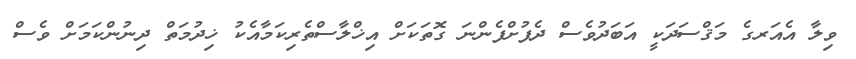
ވިލާ އެއަރގެ މަޤްސަދަކީ އަބަދުވެސް ދެފުށްފެންނަ ގޮތަކަށް އިޚްލާސްތެރިކަމާއެކު ޚިދުމަތް ދިނުންކަމަށް ވެސް